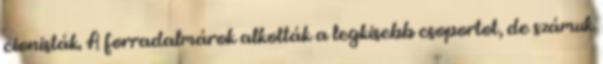
cionisták. A forradalmárok alkották a legkisebb csoportot, de számuk